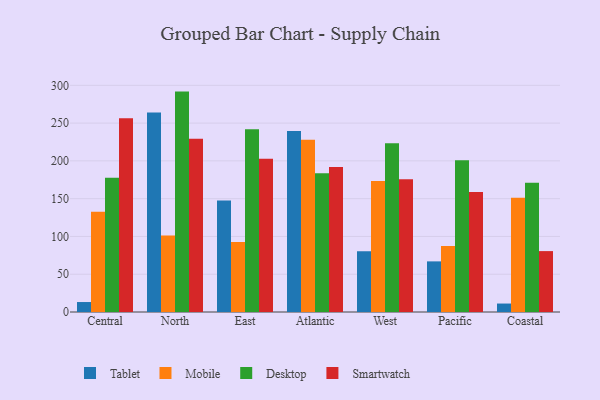
{"axis": {"x": "Region", "y": "Population (Million)"}, "legend": ["Desktop", "Mobile", "Smartwatch", "Tablet"], "data": [{"x": "Central", "y": 13.2, "type": "Tablet"}, {"x": "Central", "y": 132.6, "type": "Mobile"}, {"x": "Central", "y": 177.6, "type": "Desktop"}, {"x": "Central", "y": 256.4, "type": "Smartwatch"}, {"x": "North", "y": 264.0, "type": "Tablet"}, {"x": "North", "y": 101.2, "type": "Mobile"}, {"x": "North", "y": 291.7, "type": "Desktop"}, {"x": "North", "y": 229.2, "type": "Smartwatch"}, {"x": "East", "y": 147.6, "type": "Tablet"}, {"x": "East", "y": 92.6, "type": "Mobile"}, {"x": "East", "y": 241.9, "type": "Desktop"}, {"x": "East", "y": 202.8, "type": "Smartwatch"}, {"x": "Atlantic", "y": 239.5, "type": "Tablet"}, {"x": "Atlantic", "y": 227.9, "type": "Mobile"}, {"x": "Atlantic", "y": 183.7, "type": "Desktop"}, {"x": "Atlantic", "y": 191.9, "type": "Smartwatch"}, {"x": "West", "y": 80.4, "type": "Tablet"}, {"x": "West", "y": 173.5, "type": "Mobile"}, {"x": "West", "y": 223.4, "type": "Desktop"}, {"x": "West", "y": 175.8, "type": "Smartwatch"}, {"x": "Pacific", "y": 67.0, "type": "Tablet"}, {"x": "Pacific", "y": 87.3, "type": "Mobile"}, {"x": "Pacific", "y": 201.0, "type": "Desktop"}, {"x": "Pacific", "y": 158.7, "type": "Smartwatch"}, {"x": "Coastal", "y": 11.2, "type": "Tablet"}, {"x": "Coastal", "y": 151.2, "type": "Mobile"}, {"x": "Coastal", "y": 170.9, "type": "Desktop"}, {"x": "Coastal", "y": 80.6, "type": "Smartwatch"}]}